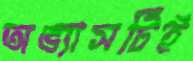
অভ্যাসটিই